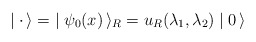
\begin{align*}\mid {\bf \cdot} \, \rangle = \; \mid \psi_0(x)\, \rangle_R = u_R(\lambda_1, \lambda_2) \mid 0 \, \rangle \end{align*}